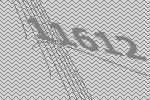
11612